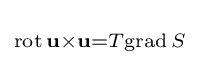
\scriptstyle \mathrm {rot} \,\mathbf {u} \times \mathbf {u} =T\mathrm {grad} \,S